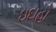
ઇદાહો